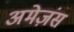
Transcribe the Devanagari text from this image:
अमेज़ंस